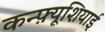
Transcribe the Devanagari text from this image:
कन्फ़्यूशियाई